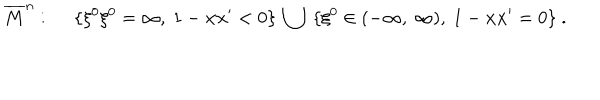
\overline { { { M } } } ^ { n } : ~ ~ \{ \xi ^ { 0 } \xi ^ { 0 } = \infty , ~ 1 - { \bf x x } ^ { \prime } < 0 \} ~ \bigcup ~ \{ \xi ^ { 0 } \in ( - \infty , ~ \infty ) , ~ 1 - { \bf x x } ^ { \prime } = 0 \} ~ .